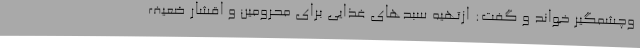
وچشمگیر خواند و گفت: ازتهیه سبدهای غذایی برای محرومین و اقشار ضعیف